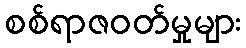
စစ်ရာဇဝတ်မှုများ